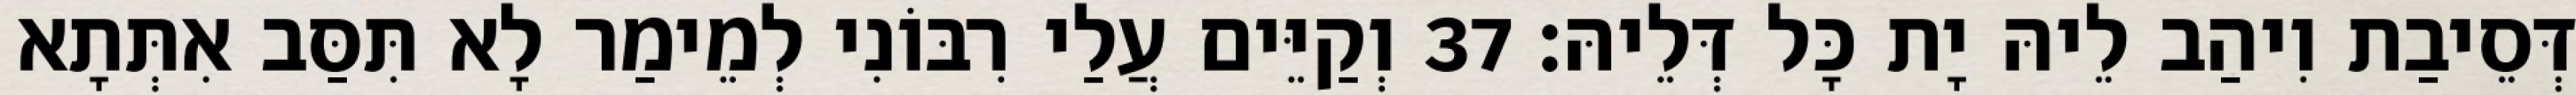
דְּסֵיבַת וִיהַב לֵיהּ יָת כָּל דְּלֵיהּ׃ 37 וְקַיֵּים עֲלַי רִבּוֹנִי לְמֵימַר לָא תִּסַּב אִתְּתָא